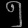
Digit: ၅